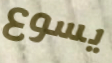
يسوع